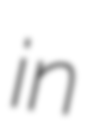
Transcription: in